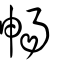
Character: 暢